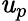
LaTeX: \mathit{u}_{p}